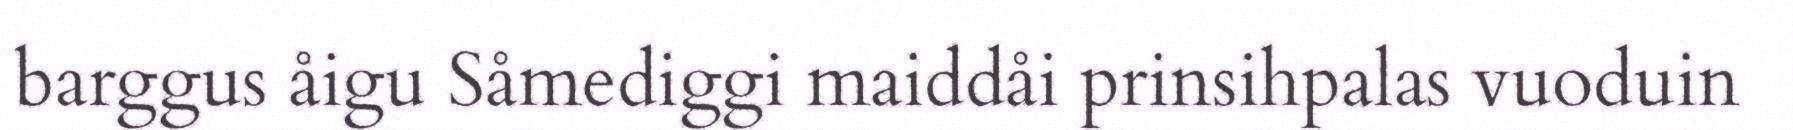
barggus åigu Såmediggi maiddåi prinsihpalas vuoduin